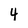
Character: 4